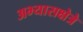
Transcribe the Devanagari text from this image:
अभ्यासक्षेत्रे